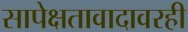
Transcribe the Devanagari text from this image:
सापेक्षतावादावरही